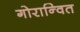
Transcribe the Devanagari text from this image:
गोरान्वित